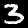
Digit: 3